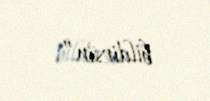
bildirsin”.